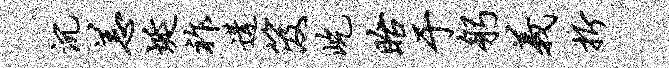
沉恙埏祚遘笈屹眙于躬义折